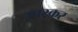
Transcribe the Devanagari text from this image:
उपस्‍कर